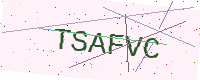
Text: TSAFVC